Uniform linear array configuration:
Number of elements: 64
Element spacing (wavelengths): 1
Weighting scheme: cosine
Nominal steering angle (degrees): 0
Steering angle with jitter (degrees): -0.1548
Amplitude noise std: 0.05
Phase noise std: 0.05

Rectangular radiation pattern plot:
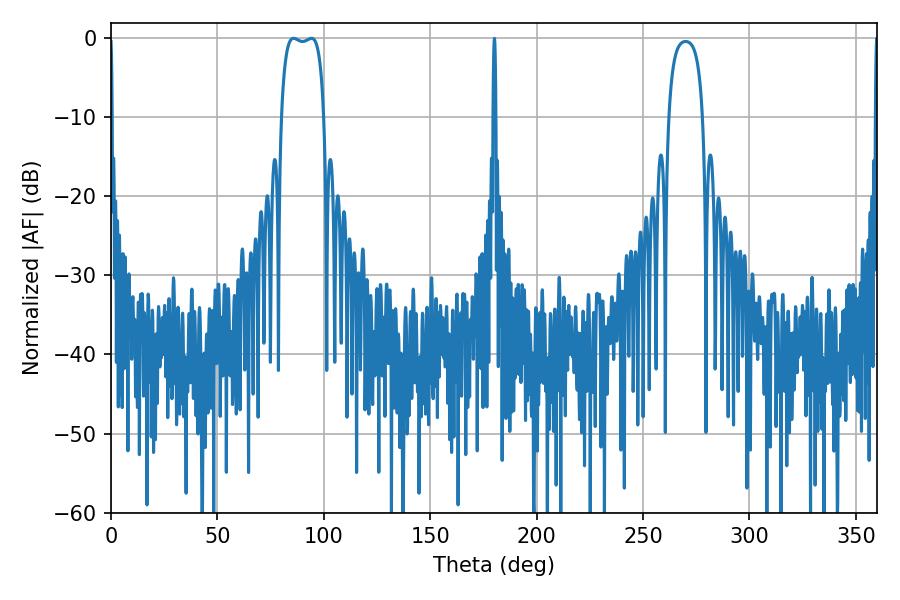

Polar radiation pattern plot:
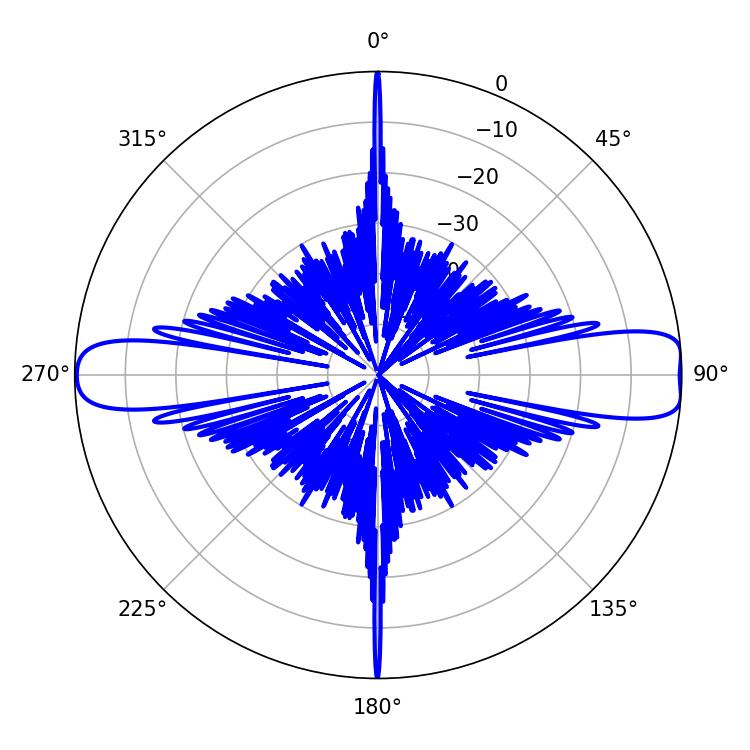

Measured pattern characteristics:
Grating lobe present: TRUE
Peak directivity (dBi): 13.184
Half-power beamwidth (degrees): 15.84
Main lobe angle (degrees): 85.86